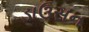
ડાઉસન